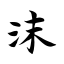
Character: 沫